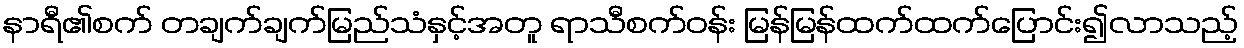
နာရီ၏စက် တချက်ချက်မြည်သံနှင့်အတူ ရာသီစက်ဝန်း မြန်မြန်ထက်ထက်ပြောင်း၍လာသည့်